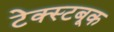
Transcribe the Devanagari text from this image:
टेक्स्टबूक